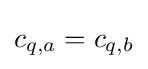
c_{q,a}=c_{q,b}